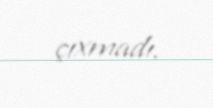
çıxmadı.